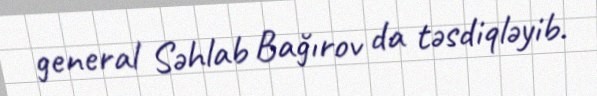
general Səhlab Bağırov da təsdiqləyib.